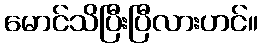
မောင်သိပြီးပြီလားဟင်။